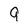
Character: 9